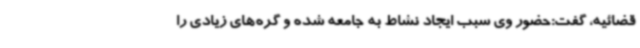
قضائیه، گفت:حضور وی سبب ایجاد نشاط به جامعه شده و گره‌های زیادی را